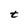
Character: t